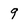
Character: 9